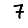
Digit: 7